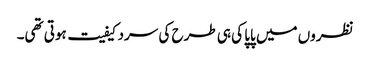
نظروں میں پاپا کی ہی طرح کی سردکیفیت ہوتی تھی۔